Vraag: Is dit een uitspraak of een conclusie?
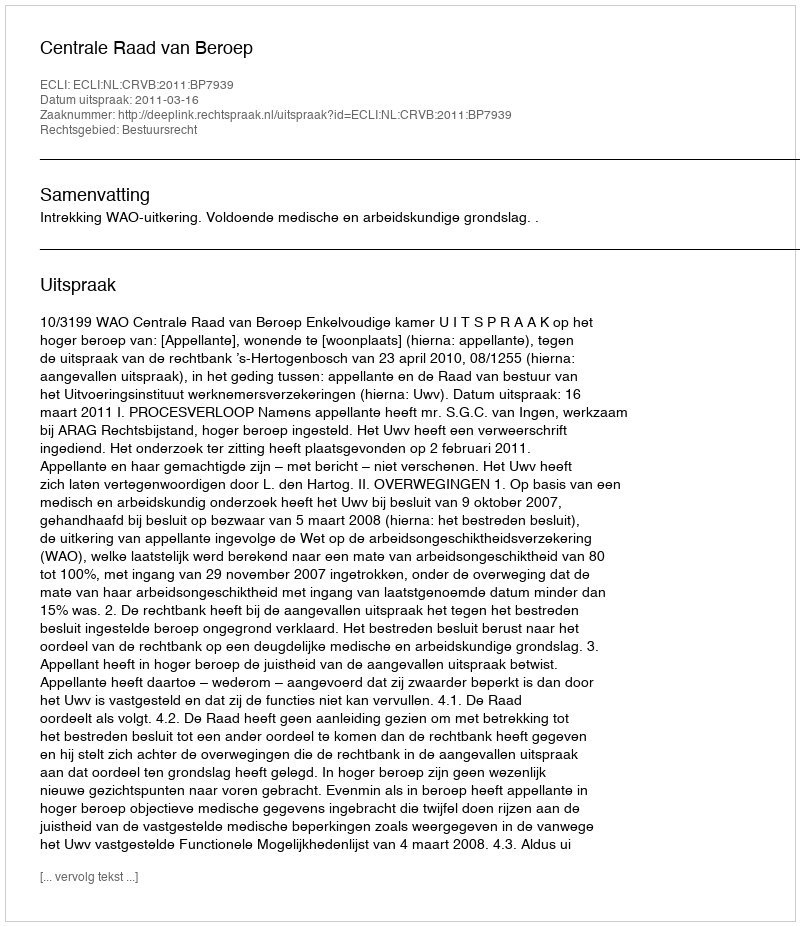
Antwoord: Uitspraak